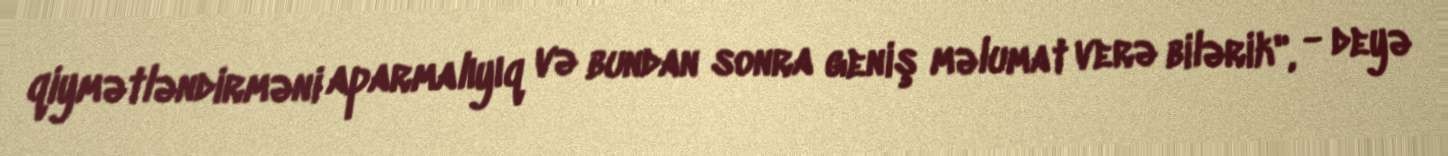
qiymətləndirməni aparmalıyıq və bundan sonra geniş məlumat verə bilərik", - deyə